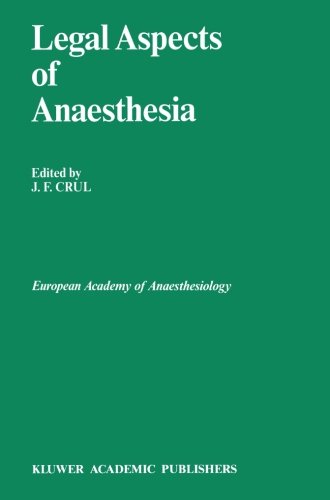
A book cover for Legal Aspects of Anaesthesia (Developments in Critical Care Medicine and Anaesthesiology); Medical Books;